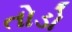
તોડો